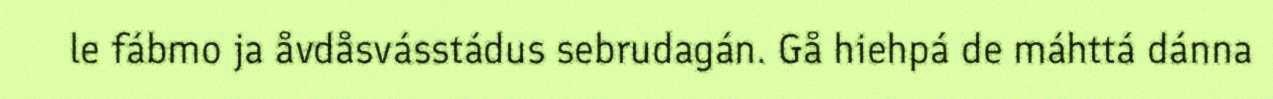
le fábmo ja åvdåsvásstádus sebrudagán. Gå hiehpá de máhttá dánna